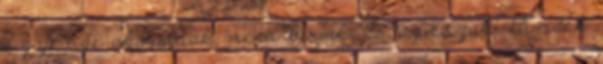
a gyenge akaratúak nem bírják. És az északi tündék